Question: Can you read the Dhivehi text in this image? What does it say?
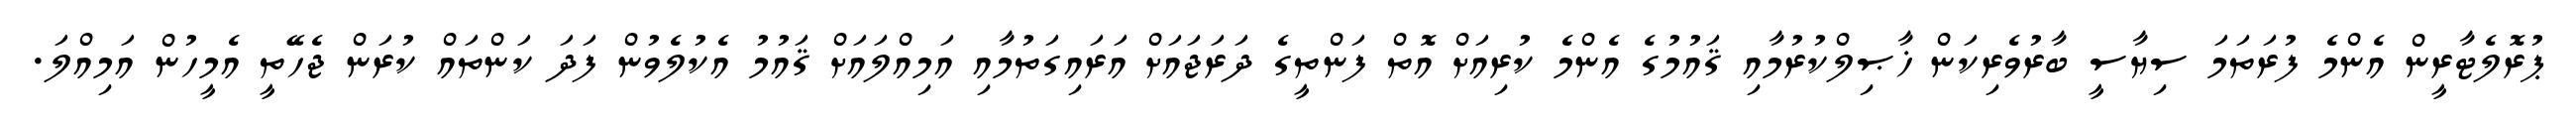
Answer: ޕުރޮލެޓާރީން އެންމެ ފުރަތަމަ ސިޔާސީ ބާރުވެރިކަން ޚާޞިލްކުރުމާއި ޤައުމުގެ އެންމެ ކުރިއަށް އޮތް ފަންތީގެ ދަރަޖައަށް އަރައިގަތުމާއި އަމިއްލައަށް ޤައުމު އެކުލެވުން ފަދަ ކަންތައް ކުރަން ޖެހޭތީ އެމީހުން އަމިއްލަ.